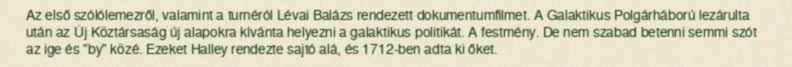
Az első szólólemezről, valamint a turnéról Lévai Balázs rendezett dokumentumfilmet. A Galaktikus Polgárháború lezárulta után az Új Köztársaság új alapokra kívánta helyezni a galaktikus politikát. A festmény. De nem szabad betenni semmi szót az ige és "by" közé. Ezeket Halley rendezte sajtó alá, és 1712-ben adta ki őket.